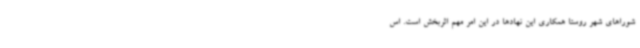
شوراهای شهر روستا همکاری این نهادها در این امر مهم اثربخش است. اس